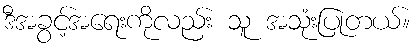
ဒီအခွင့်အရေးကိုလည်း သူ အသုံးပြုတယ်။